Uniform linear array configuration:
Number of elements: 24
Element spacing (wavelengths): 0.75
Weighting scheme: kaiser
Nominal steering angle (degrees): -60
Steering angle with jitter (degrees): -58.794
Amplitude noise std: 0.05
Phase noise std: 0.05

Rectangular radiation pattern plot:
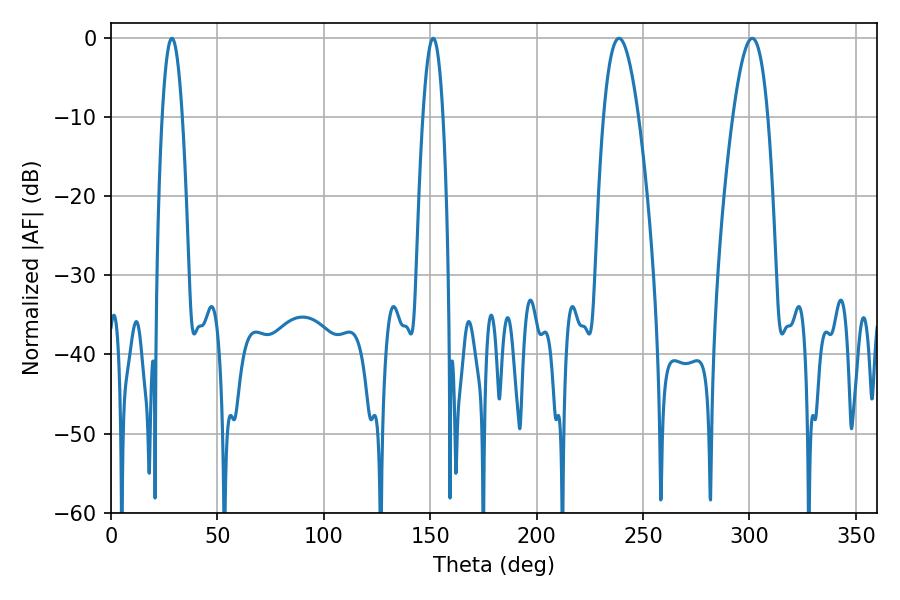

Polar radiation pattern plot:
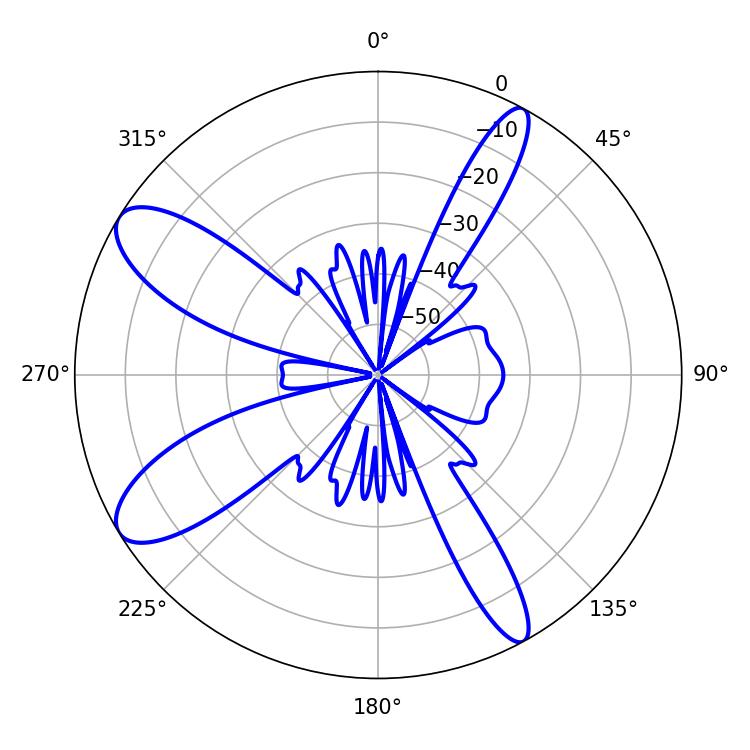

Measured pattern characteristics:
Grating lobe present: TRUE
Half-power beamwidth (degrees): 5.22
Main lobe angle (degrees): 151.38